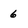
Character: 6